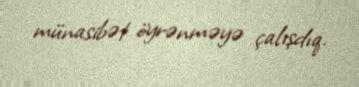
münasibət öyrənməyə çalışdıq.